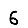
Digit: 6